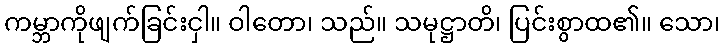
ကမ္ဘာကိုဖျက်ခြင်းငှါ။ ဝါတော၊ သည်။ သမုဋ္ဌာတိ၊ ပြင်းစွာထ၏။ သော၊